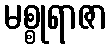
မစ္စုရာဇာ